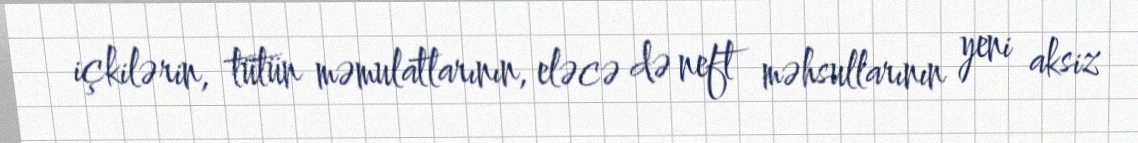
içkilərin, tütün məmulatlarının, eləcə də neft məhsullarının yeni aksiz